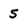
Character: 5